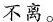
不离。